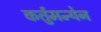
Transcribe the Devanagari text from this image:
कर्तुमन्येन